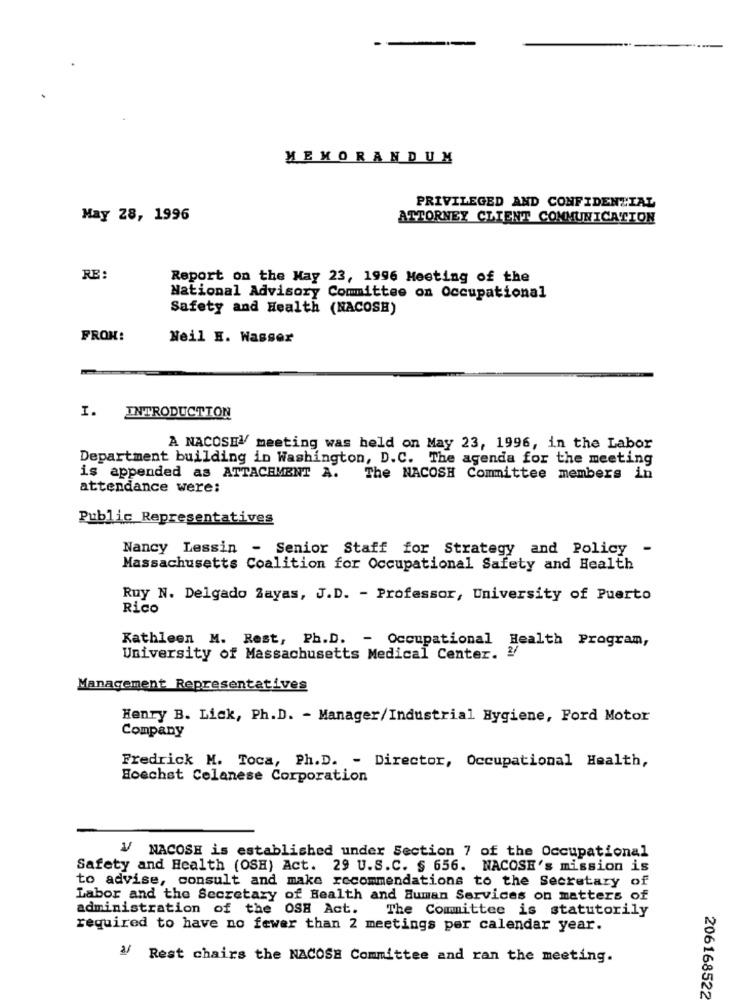
MEMORANDUM
PRIVILEGED AND CONFIDENTIAL
May 28, 1996
ATTORNEY CLIENT COMMUNICATION
RE :
Report on the May 23, 1996 Meeting of the
National Advisory Committee on Occupational
Safety and Health (NACOSH)
FRON:
Neil E. Wasser
I. INTRODUCTION
A NACOSE meeting was held on May 23, 1996, in the Labor
Department building in Washington, D.C. The agenda for the meeting
is appended as ATTACHMENT A.
The NACOSH Committee members in
attendance were:
Public Representatives
Nancy Lessin - Senior Staff for Strategy and Policy
-
Massachusetts Coalition for Occupational Safety and Health
Ruy N. Delgado Zayas, J.D. - Professor, University of Puerto
Rico
Kathleen M. Rest, Ph.D. - Occupational Health Program,
University of Massachusetts Medical Center. !!
Management Representatives
Henry B. Lick, Ph.D. - Manager/Industrial Hygiene, Ford Motor
Company
Fredrick M. Toca, Ph.D. - Director, Occupational Health,
Hoechst Celanese Corporation
V/ NACOSE is established under Section 7 of the Occupational
Safety and Health (OSH) Act. 29 U.S.C. § 656. NACOSE's mission is
to advise, consult and make recommendations to the Secretary of
Labor and the Secretary of Health and Human Services on matters of
administration of the OSH Act.
The Committee is statutorily
required to have no fewer than 2 meetings per calendar year.
3/ Rest chairs the NACOSH Committee and ran the meeting.
206168522